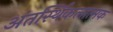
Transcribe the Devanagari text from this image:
अंतर्स्थिकलात्मक